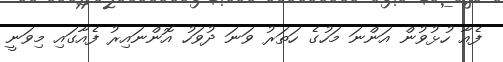
ފެއާ ހުޅުވުން އަންނަ މަހުގެ ހަތަރު ވަނަ ދުވަހު އޮންނައިރު ފެއާގައި މިވަނީ